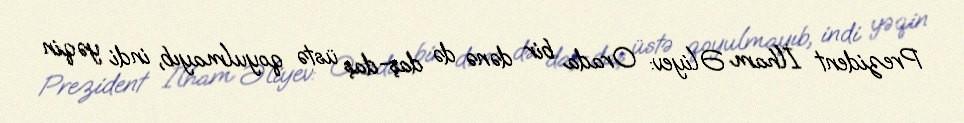
Prezident İlham Əliyev: Orada bir dənə də daş-daş üstə qoyulmayıb, indi yəqin